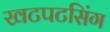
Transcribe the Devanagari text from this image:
खटपटसिंग